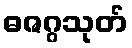
ဓဇဂ္ဂသုတ်